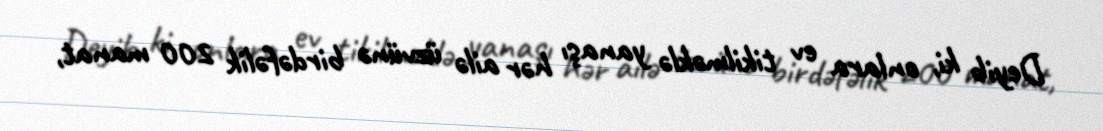
Deyib ki, onlara ev tikilməklə yanaşı hər ailə üzvünə birdəfəlik 200 manat,